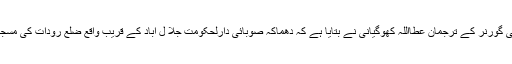
افغان میڈیا کے مطابق صوبائی گورنر کے ترجمان عطااللہ کھوگیانی نے بتایا ہے کہ دھماکہ صوبائی دارلحکومت جلا ل آباد کے قریب واقع ضلع رودات کی مسجد میں نمازجمعہ کے وقت ہوا۔